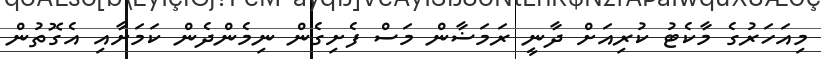
މިއަހަރުގެ މާކެޓު ކުރިއަށް ދާނީ ރަމަޟާން މަސް ފެށިގެން ނިމެންދެން ކަމަށާއި އެގޮތުން